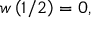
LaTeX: w \left( 1 / 2 \right) = 0 ,